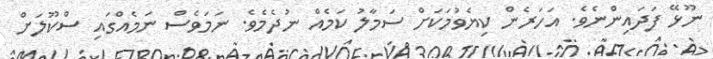
ނޫޅޭ ފަދައިންނެވެ. އަހަރެންް ކިޔެވުމަކަށް ސަމާލު ކަމެއް ނުދެމެވެެ. ނަމަވެސް ނަމެއްގައި ސްކޫލަށް